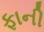
ફાની